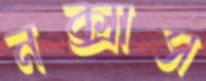
নক্সাস